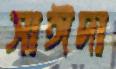
সাঈদা